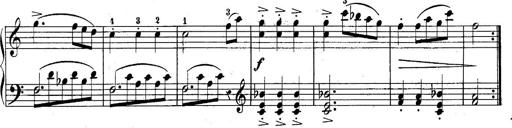
Title: 10 Sonatines progressives
Composer: Anton Schmoll